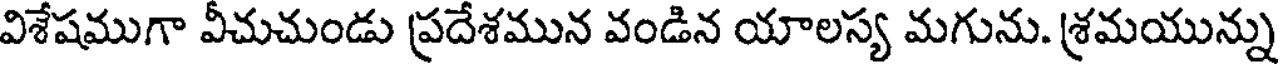
విశేషముగా వీచుచుండు ప్రదేశమున వండిన యాలస్య మగును. శ్రమయున్ను